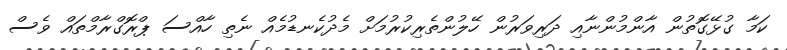
ކަމާ ގުޅޭގޮތުން އާންމުންނާއި ދަރިވަރުން ހޭލުންތެރިކުރުމަށް މެދުކެނޑުމެއް ނެތި ހާއްސަ ޕްރޮގްރާމްތައް ވެސް